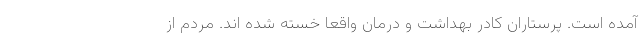
آمده است. پرستاران کادر بهداشت و درمان واقعاً خسته شده اند. مردم از